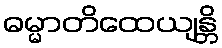
ဓမ္မာတိထေယျန္တိ